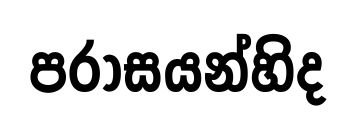
පරාසයන්හිද